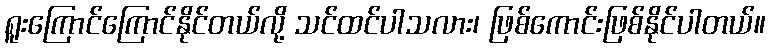
ရူးကြောင်ကြောင်နိုင်တယ်လို့ သင်ထင်ပါသလား၊ ဖြစ်ကောင်းဖြစ်နိုင်ပါတယ်။